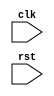
module behavioral_block(
    input wire clk,
    input wire rst,
    // other input and output ports here
);

// Declare registers for internal state
reg [31:0] state_reg;

// Always block triggered on positive edge of the clock and negative edge of reset
always @(posedge clk or negedge rst) begin
    if (~rst) begin
        // Reset internal state
        state_reg <= 32'b0;
    end else begin
        // Perform other operations based on clock signal
        // Update internal state
        state_reg <= state_reg + 1;
    end
end

// Additional logic for the behavioral block

endmodule